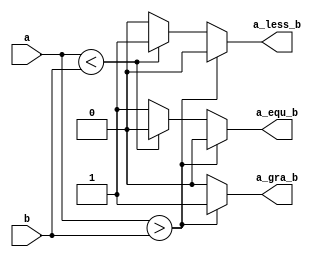
// Code your design here

module comparator(input[3:0]a,b,output reg a_gra_b,a_less_b,a_equ_b);
  
  always@(*) begin
    
    a_gra_b=0; a_less_b=0; a_equ_b=0;
    
    
    
    if(a>b) a_gra_b =1'b1;
    else if(a<b) a_less_b = 1'b1;
    else a_equ_b = 1'b1;
    
  end 
  
endmodule

// Code your testbench here
// or browse Examples

module comparator_tb;
  
  reg[3:0]a,b;
  wire a_gra_b,a_less_b,a_equ_b;
  
  comparator co(a,b,a_gra_b,a_less_b,a_equ_b);
  
  initial begin
    $monitor("a=%b,b=%b,a_gra_b = %b,a_less_b = %b,a_equ_b=%b(%d)",a,b,a_gra_b,a_less_b,a_equ_b);
    
    a=2; b=3; #2;
    
    a=5; b=3; #2;
    
    
    a=3; b=3; #2;
    
    
    a=2; b=10; #2;
    
  end
endmodule